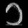
Digit: ၁